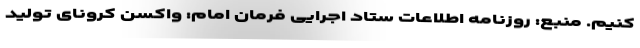
کنیم. منبع: روزنامه اطلاعات ستاد اجرایی فرمان امام: واکسن کرونای تولید